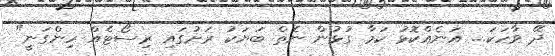
ދޭ ވާހަކަ... އަނެއްކޮޅު ކަމާ ގުޅުން ނެތް ބަޔަކު ރަށުގައި ރިސޯޓެއް ހިންގަނީ"